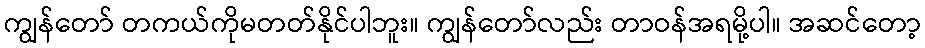
ကျွန်တော် တကယ်ကိုမတတ်နိုင်ပါဘူး။ ကျွန်တော်လည်း တာဝန်အရမို့ပါ။ အဆင်တော့